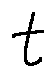
t